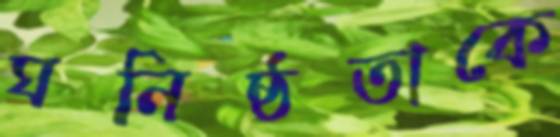
ঘনিষ্ঠতাকে